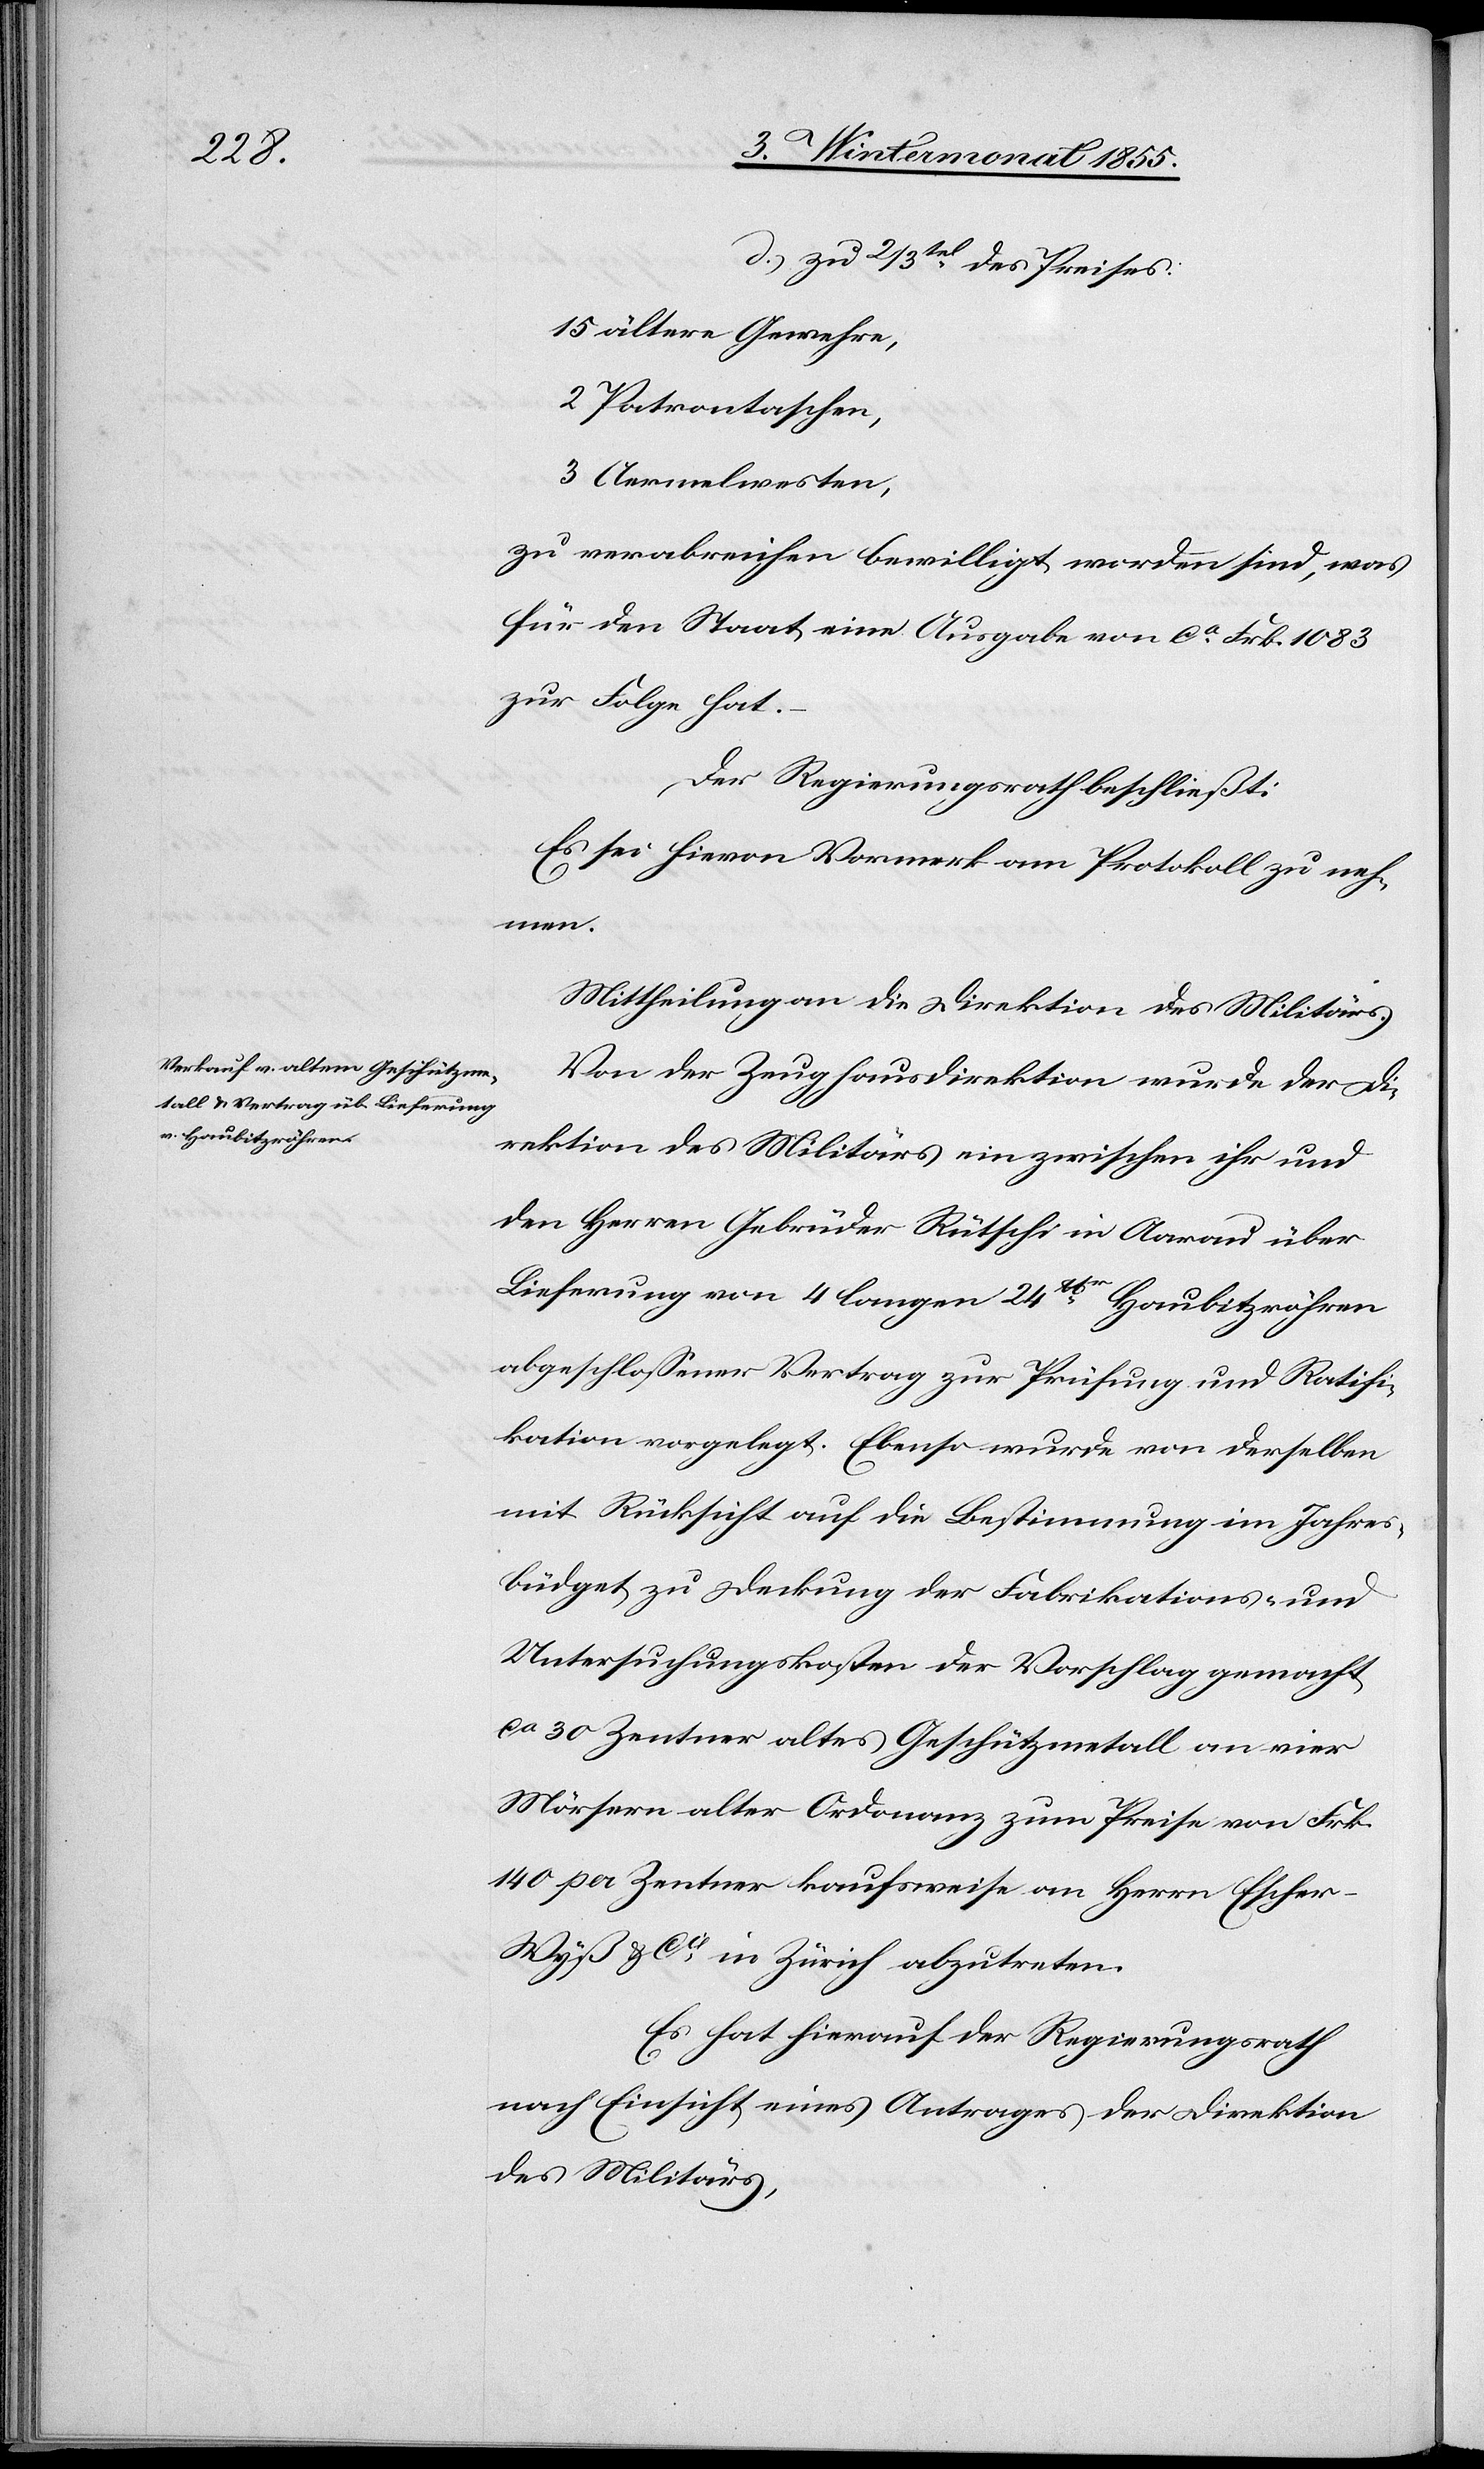
d.) zu 2/3tel. des Preises:
15 ältere Gewehre,
2 Patrontaschen,
3 Aermelwesten,
zu verabreichen bewilligt worden sind, was
für den Staat eine Ausgabe von ca. Frk. 1083
zur Folge hat.
Der Regierungsrath beschließt:
Es sei hievon Vormerk am Protokoll zu neh¬
men.
Mittheilung an die Direktion des Militärs.
Von der Zeughausdirektion wurde der Di¬
rektion des Militärs ein zwischen ihr und
den Herren Gebrüder Rütschi in Aarau über
Lieferung von 4 langen 24 lbr. Haubitzröhren
abgeschlossener Vertrag zur Prüfung und Ratifi¬
kation vorgelegt. Ebenso wurde von derselben
mit Rücksicht auf die Bestimmung im Jahres¬
büdget zu Deckung der Fabrikations- und
Untersuchungskosten der Vorschlag gemacht
ca 30 Zentner altes Geschützmetall an vier
Mörsern alter Ordonanz zum Preise von Frk.
140 per Zentner kaufsweise an Herrn Escher-W¬
yß & Cie. in Zürich abzutreten.
Es hat hierauf der Regierungsrath
nach Einsicht eines Antrages der Direktion
des Militärs,